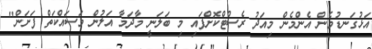
އަޅުގަނޑުމެން އެންމެން މިއަދު ރެސްޓްކޮށްފައި މި ބަލަނީ މާދަމާ އަލުން މަސައްކަތް ފަށަން"